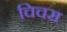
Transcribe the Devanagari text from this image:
चिचरा